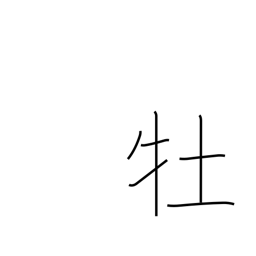
Meaning: male